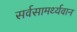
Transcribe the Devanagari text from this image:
सर्वसामर्थ्यवान